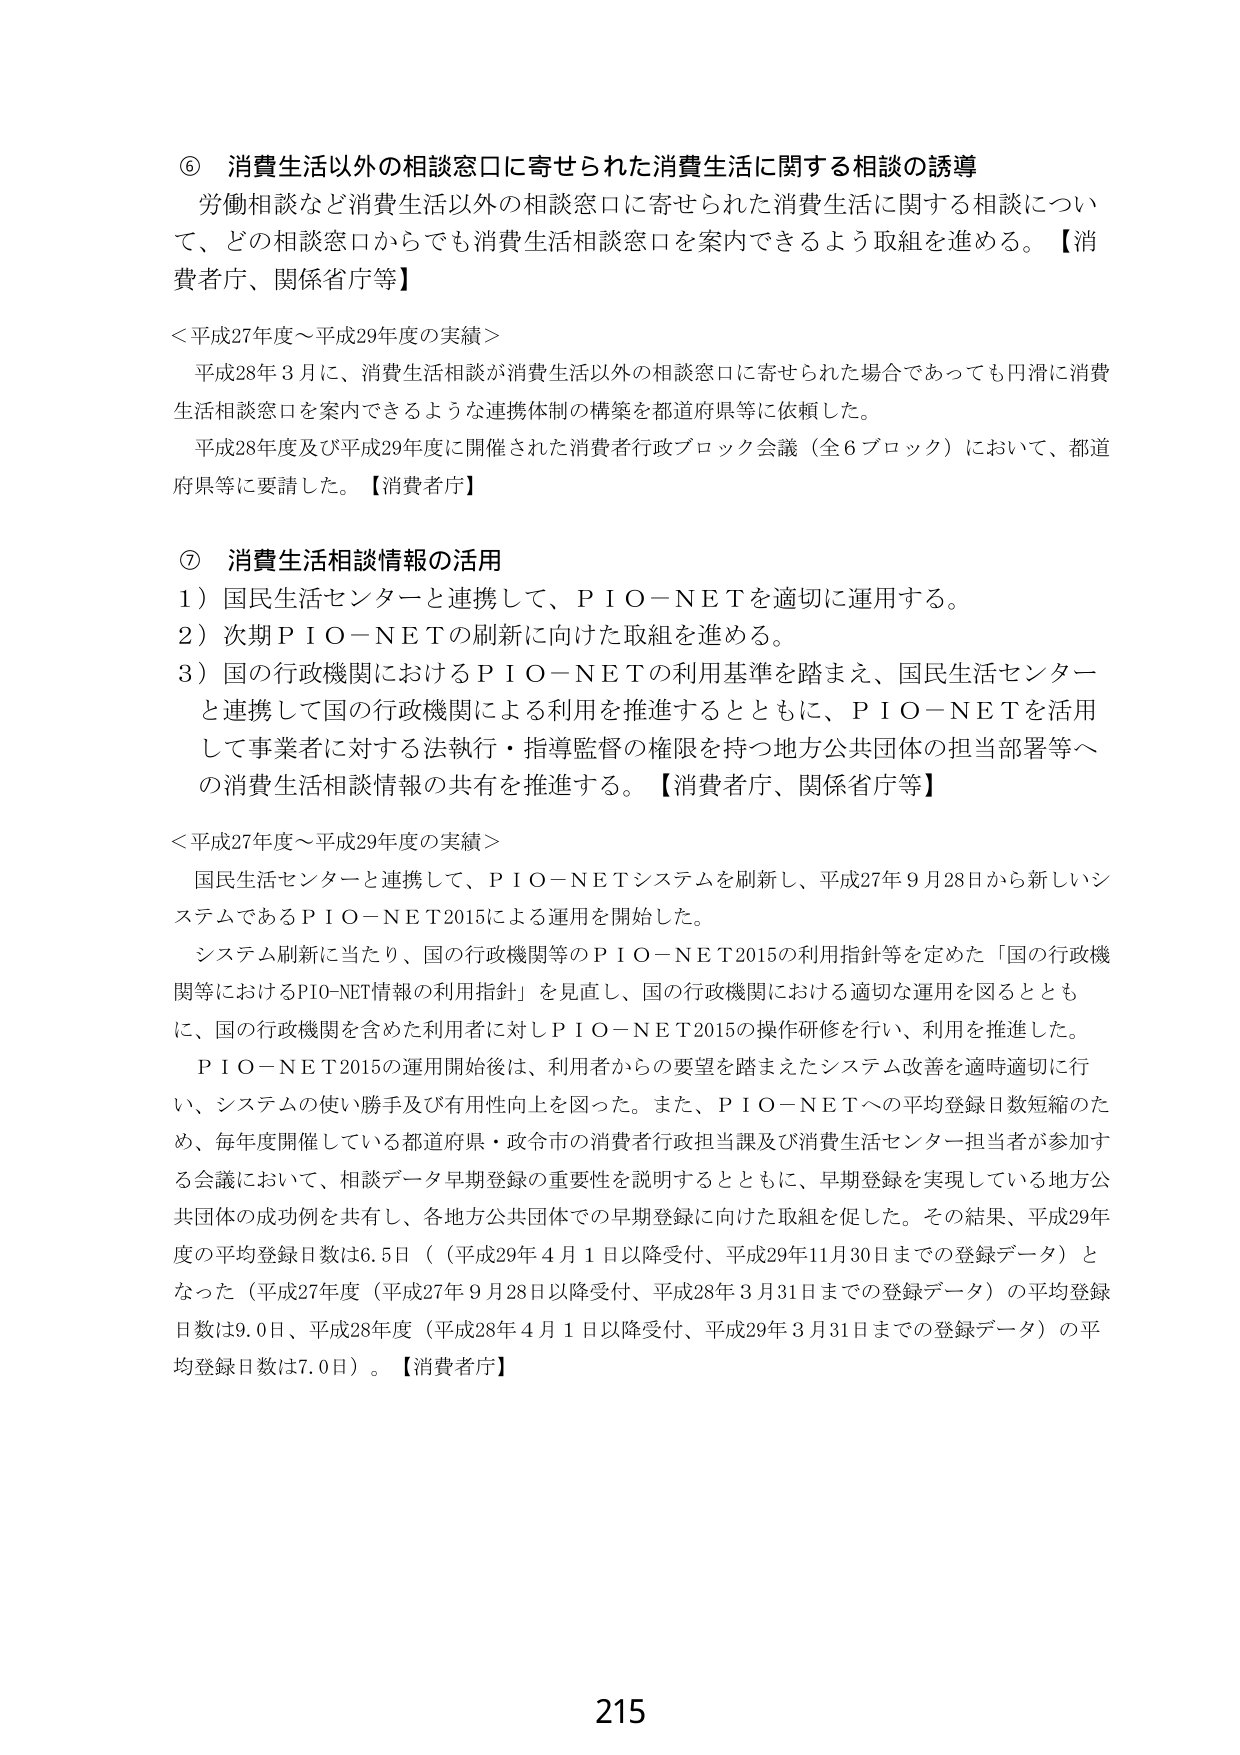
⑥ 消費生活以外の相談窓口に寄せられた消費生活に関する相談の誘導
労働相談など消費生活以外の相談窓口に寄せられた消費生活に関する相談について、どの相談窓口からでも消費生活相談窓口を案内できるよう取組を進める。【消費者庁、関係省庁等】

＜平成27年度～平成29年度の実績＞
平成28年3月に、消費生活相談が消費生活以外の相談窓口に寄せられた場合であっても円滑に消費生活相談窓口を案内できるような連携体制の構築を都道府県等に依頼した。
平成28年度及び平成29年度に開催された消費者行政ブロック会議（全6ブロック）において、都道府県等に要請した。【消費者庁】

⑦ 消費生活相談情報の活用
1）国民生活センターと連携して、ＰＩＯ－ＮＥＴを適切に運用する。
2）次期ＰＩＯ－ＮＥＴの刷新に向けた取組を進める。
3）国の行政機関におけるＰＩＯ－ＮＥＴの利用基準を踏まえ、国民生活センターと連携して国の行政機関による利用を推進するとともに、ＰＩＯ－ＮＥＴを活用して事業者に対する法執行・指導監督の権限を持つ地方公共団体の担当部署等への消費生活相談情報の共有を推進する。【消費者庁、関係省庁等】

＜平成27年度～平成29年度の実績＞
国民生活センターと連携して、ＰＩＯ－ＮＥＴシステムを刷新し、平成27年9月28日から新しいシステムであるＰＩＯ－ＮＥＴ2015による運用を開始した。
システム刷新に当たり、国の行政機関等のＰＩＯ－ＮＥＴ2015の利用指針等を定めた「国の行政機関等におけるPIO-NET情報の利用指針」を見直し、国の行政機関における適切な運用を図るとともに、国の行政機関を含めた利用者に対しＰＩＯ－ＮＥＴ2015の操作研修を行い、利用を推進した。
ＰＩＯ－ＮＥＴ2015の運用開始後は、利用者からの要望を踏まえたシステム改善を適時適切に行い、システムの使い勝手及び有用性向上を図った。また、ＰＩＯ－ＮＥＴへの平均登録日数短縮のため、毎年度開催している都道府県・政令市の消費者行政担当課及び消費生活センター担当者が参加する会議において、相談データ早期登録の重要性を説明するとともに、早期登録を実現している地方公共団体の成功例を共有し、各地方公共団体での早期登録に向けた取組を促した。その結果、平成29年度の平均登録日数は6.5日（平成29年4月1日以降受付、平成29年11月30日までの登録データ）となった（平成27年度（平成27年9月28日以降受付、平成28年3月31日までの登録データ）の平均登録日数は9.0日、平成28年度（平成28年4月1日以降受付、平成29年3月31日までの登録データ）の平均登録日数は7.0日）。【消費者庁】

215